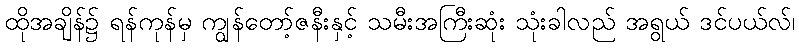
ထိုအချိန်၌ ရန်ကုန်မှ ကျွန်တော့်ဇနီးနှင့် သမီးအကြီးဆုံး သုံးခါလည် အရွယ် ဒင်ပယ်လ်၊